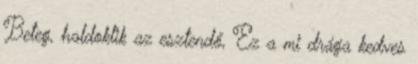
Beteg, haldoklik az esztendő, Ez a mi drága kedves